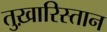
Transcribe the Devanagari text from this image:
तुख़ारिस्तान